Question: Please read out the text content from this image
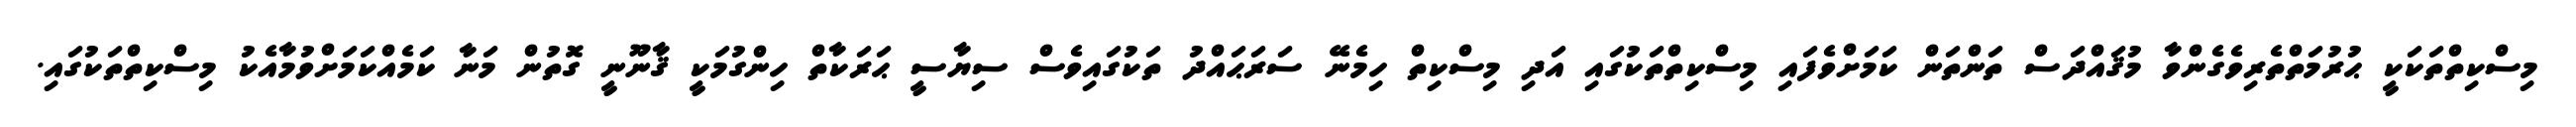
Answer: މިސްކިތްތަކަކީ ޙުރުމަތްތެރިވެގެންވާ މުޤައްދަސް ތަންތަން ކަމަށްވެފައި މިސްކިތްތަކުގައި އަދި މިސްކިތް ހިމެނޭ ސަރަޙައްދު ތަކުގައިވެސް ސިޔާސީ ޙަރަކާތް ހިންގުމަކީ ޤާނޫނީ ގޮތުން މަނާ ކަމެއްކަމަށްވުމާއެކު މިސްކިތްތަކުގައި.